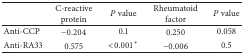
<table><thead><tr><td><b> </b></td><td><b>C-reactive protein</b></td><td><b><i>P</i> value</b></td><td><b>Rheumatoid factor</b></td><td><b><i>P</i> value</b></td></tr></thead><tbody><tr><td>Anti-CCP</td><td>−0.204</td><td>0.1</td><td>0.250</td><td>0.058</td></tr><tr><td>Anti-RA33</td><td>0.575</td><td>&lt;0.001<sup>*</sup></td><td>−0.006</td><td>0.5</td></tr></tbody></table>